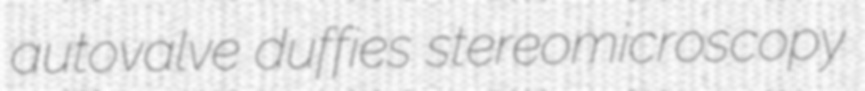
autovalve duffies stereomicroscopy